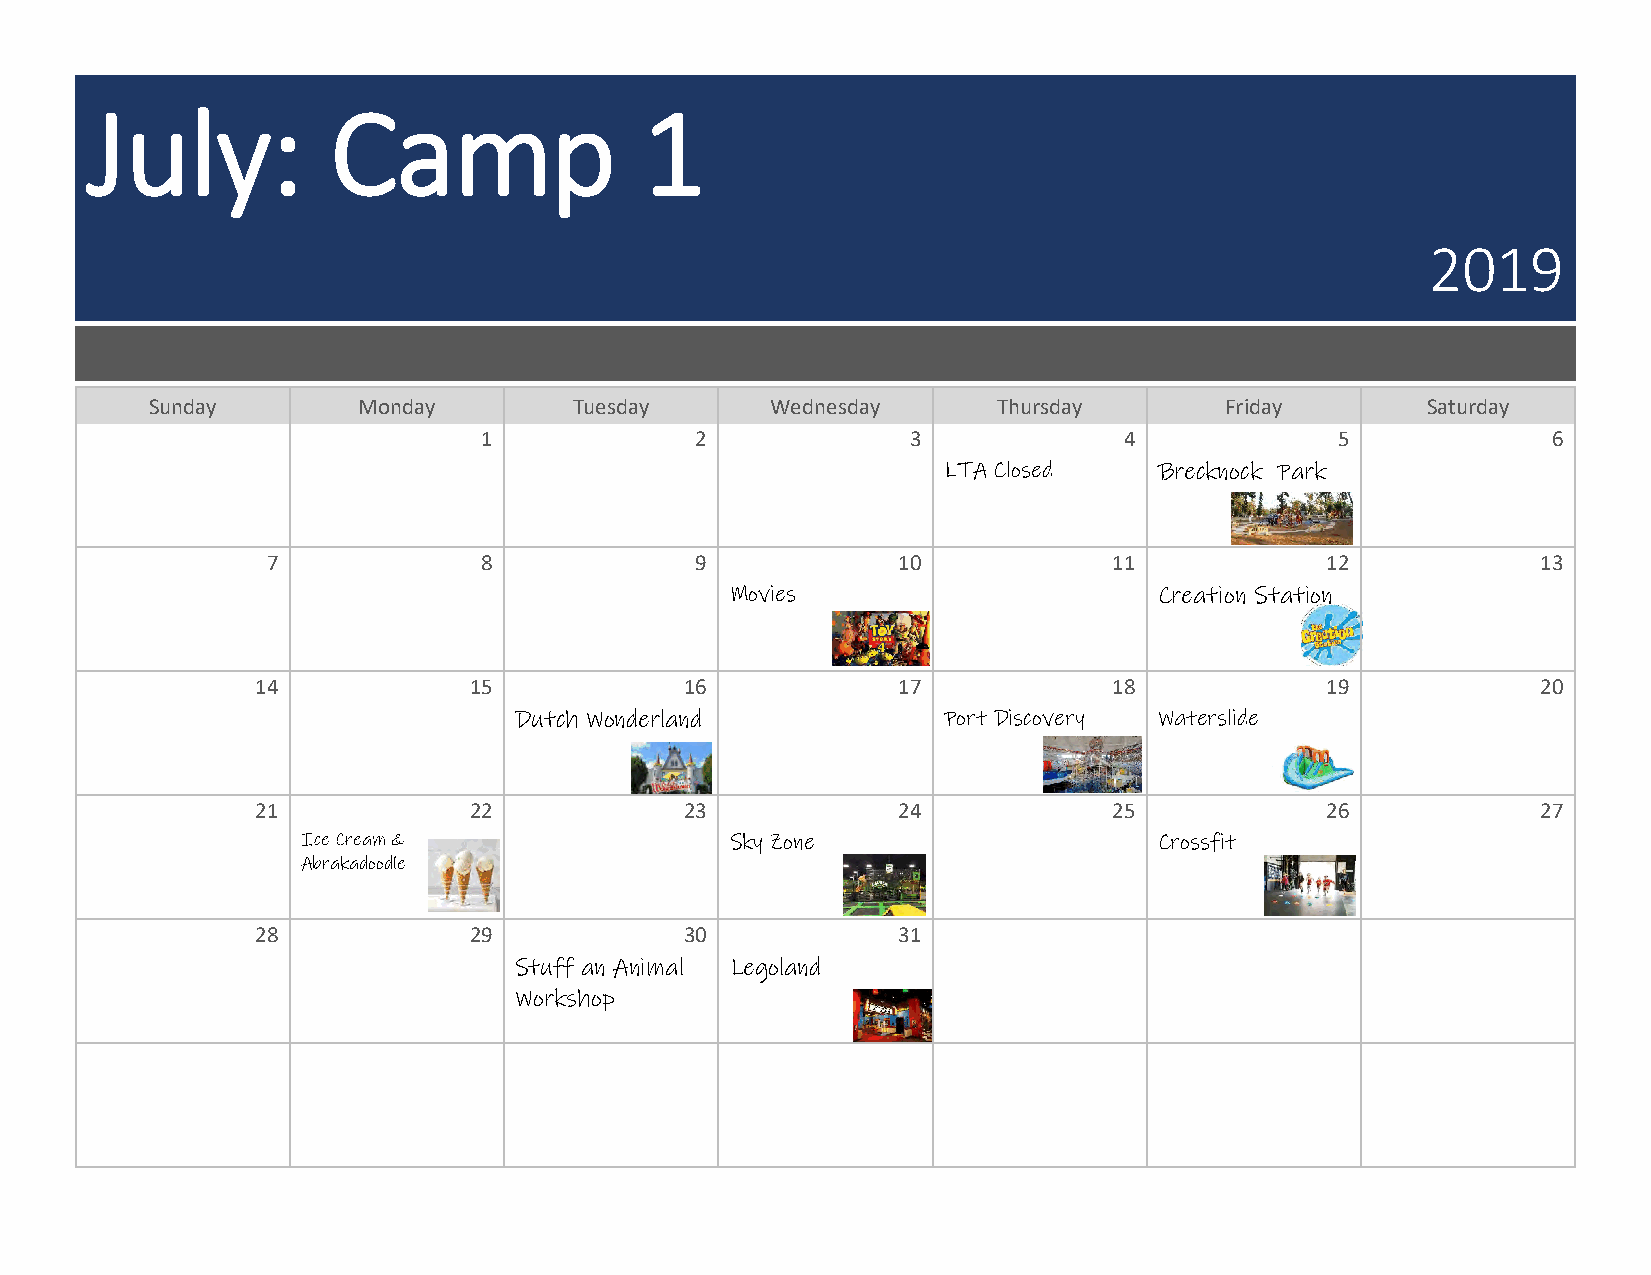
July:           Camp                 1
 2019
 Sunday        Monday        Tuesday      Wednesday      Thursday       Friday       Saturday
 1             2             3             4              5             6
 LTA Closed     Brecknock Park
 7             8             9            10             11            12            13
 Movies                       Creation Station
 14            15            16            17             18            19            20
 Dutch Wonderland            Port Discovery Waterslide
 21            22            23            24             25            26            27
 Ice Cream &                 Sky Zone                     Crossfit
 Abrakadoodle
 28            29            30            31
 Stuff an Animal Legoland
 Workshop